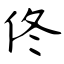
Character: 佟